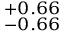
_ { - 0 . 6 6 } ^ { + 0 . 6 6 }